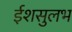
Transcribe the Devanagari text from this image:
ईशसुलभ